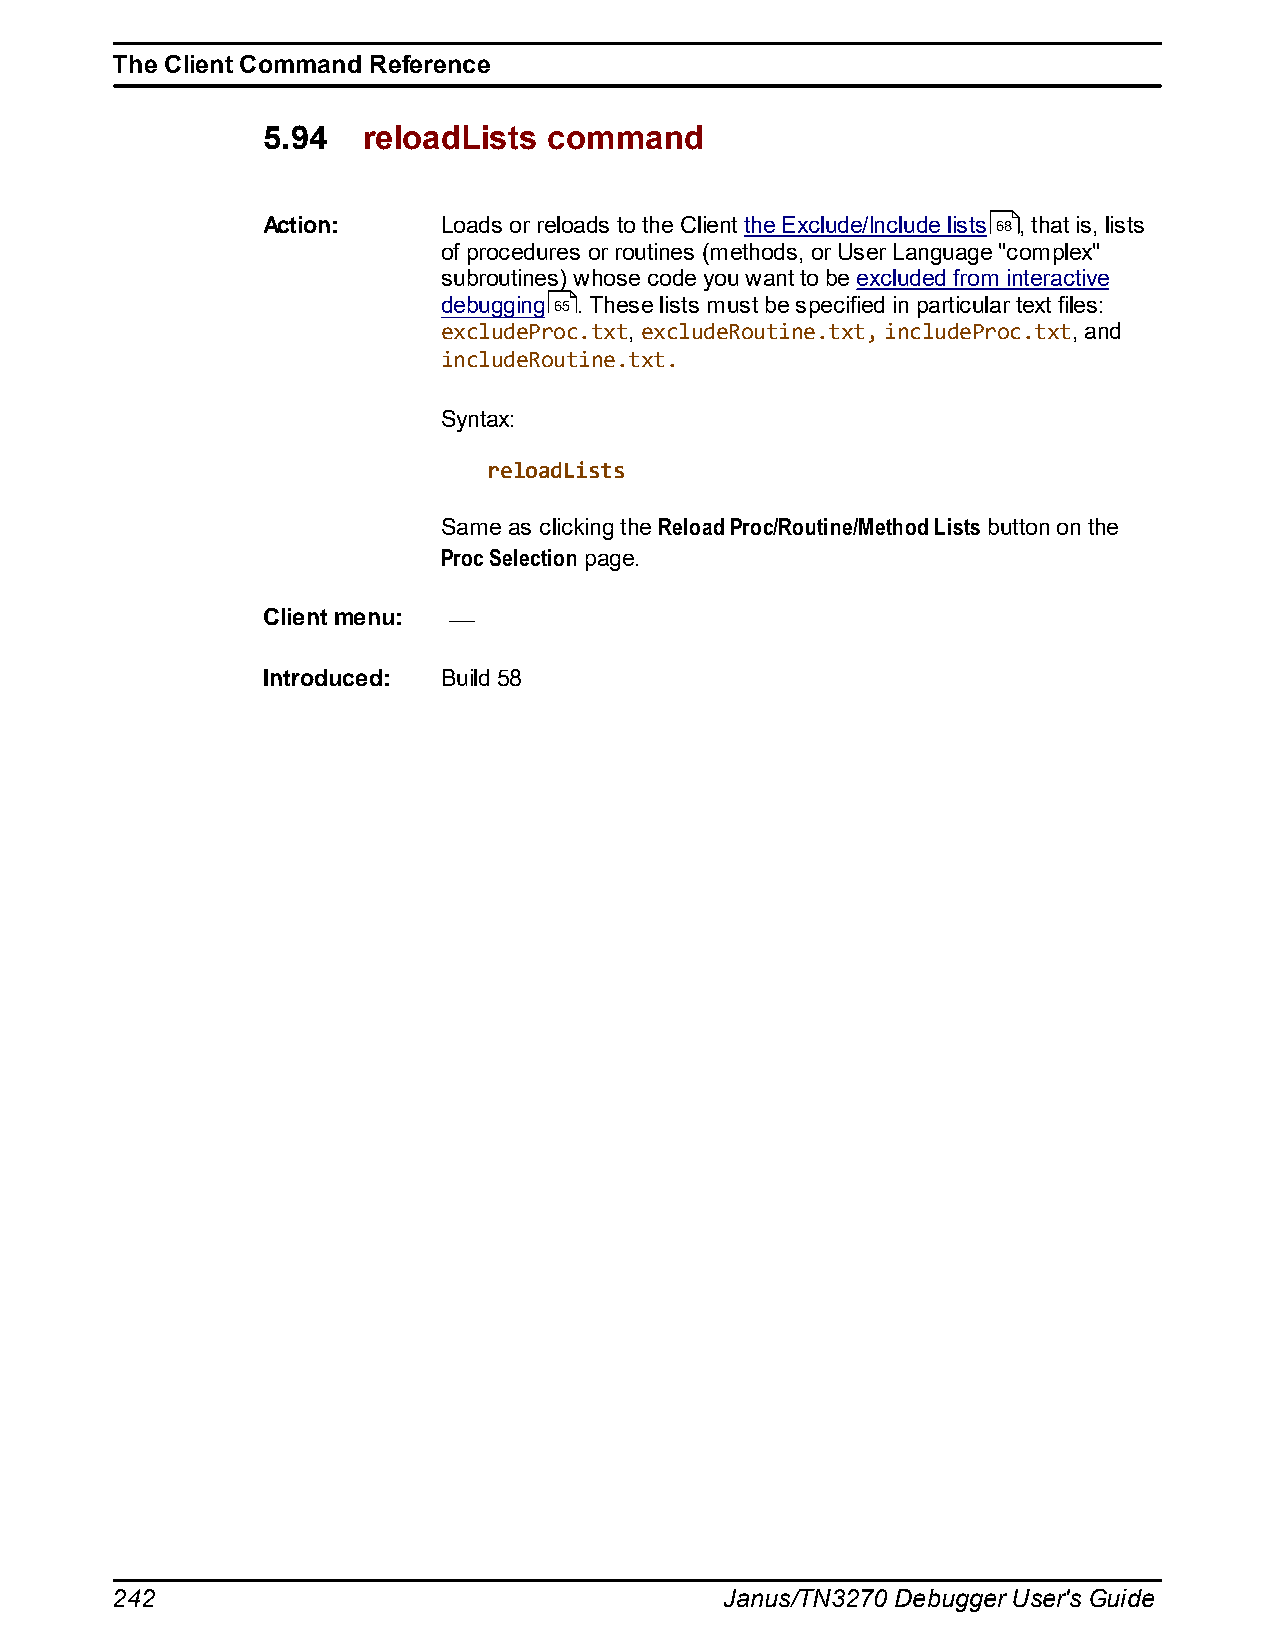
The Client Command Reference
 5.94   reloadLists command
 Action:     Loads or reloads to the Client the Exclude/Include lists 68 , that is, lists
 of procedures or routines (methods, or User Language "complex"
 subroutines) whose code you want to be excluded from interactive
 debugging 65. These lists must be specified in particular text files:
 excludeProc.txt, excludeRoutine.txt, includeProc.txt, and
 includeRoutine.txt.
 Syntax:
 reloadLists
 Same as clicking the Reload Proc/Routine/Method Lists button on the
 Proc Selection page.
 Client menu:
 Introduced: Build 58
 242                                      Janus/TN3270 Debugger User's Guide